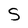
Character: S